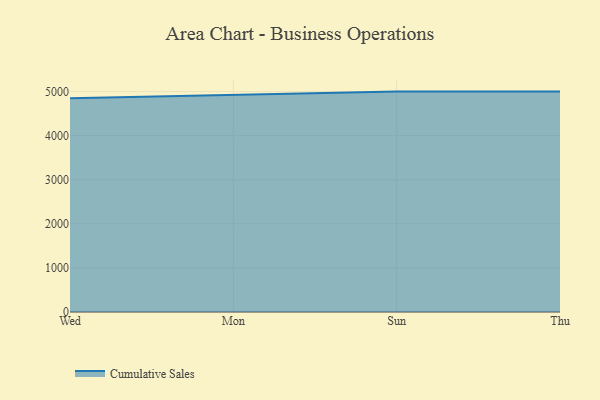
{"axis": {"x": "Day", "y": "Website Visitors"}, "legend": ["Cumulative Sales"], "data": [{"x": "Wed", "y": 4848.5, "type": "Cumulative Sales"}, {"x": "Mon", "y": 4918.7, "type": "Cumulative Sales"}, {"x": "Sun", "y": 5000, "type": "Cumulative Sales"}, {"x": "Thu", "y": 5000, "type": "Cumulative Sales"}]}